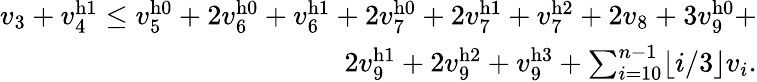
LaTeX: \begin{array}{r}{v_{3}+v_{4}^{\mathrm{h}1}\leq v_{5}^{\mathrm{h}0}+2v_{6}^{\mathrm{h}0}+v_{6}^{\mathrm{h}1}+2v_{7}^{\mathrm{h}0}+2v_{7}^{\mathrm{h}1}+v_{7}^{\mathrm{h}2}+2v_{8}+3v_{9}^{\mathrm{h}0}+}\\ {2v_{9}^{\mathrm{h}1}+2v_{9}^{\mathrm{h}2}+v_{9}^{\mathrm{h}3}+\sum_{i=10}^{n-1}\lfloor i/3\rfloor v_{i}.}\end{array}